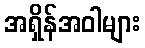
အရှိန်အဝါများ